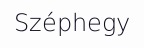
Széphegy